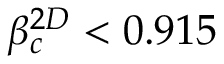
\beta _ { c } ^ { 2 D } < 0 . 9 1 5